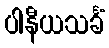
ပါနီယသင်္ခံ